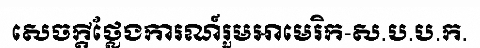
សេចក្តីថ្លែងការណ៍រួមអាមេរិក-ស.ប.ប.ក.